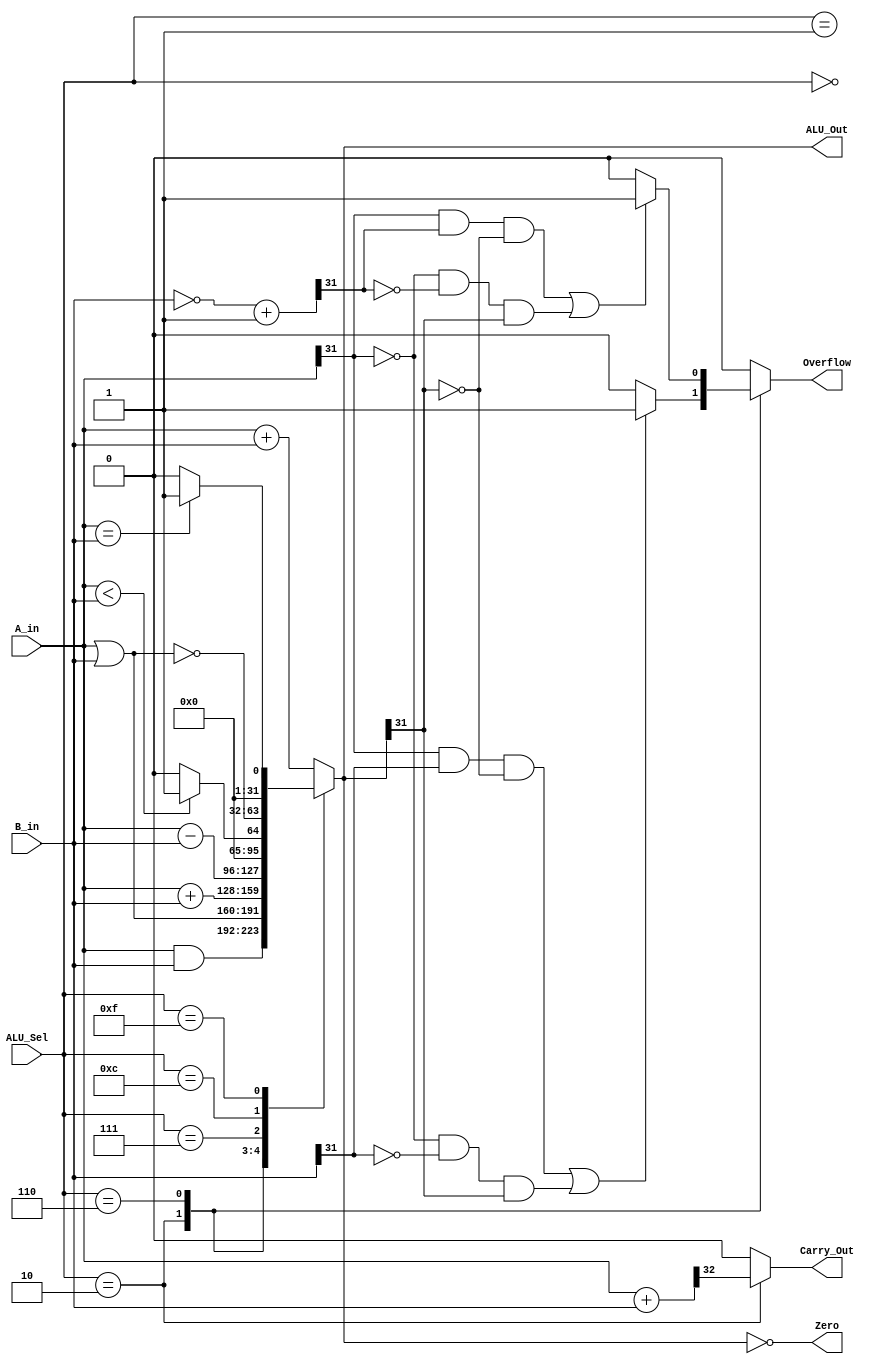
`timescale 1ns / 1ps
module alu_32(
    input   [31:0] A_in ,B_in ,
    input   [3:0]   ALU_Sel ,
    output [31:0] ALU_Out , 
    output  reg     Carry_Out ,
    output          Zero ,
    output  reg     Overflow = 1'b0
    );
reg   [31:0] ALU_Result;
reg [32:0] temp;
reg [32:0] twos_com; 
assign  ALU_Out    = ALU_Result;  
assign  Zero       = (ALU_Result  == 0); 

always @(*)
    begin
        Overflow = 1'b0;
        Carry_Out = 1'b0;
        case(ALU_Sel)
            4'b0000:
                ALU_Result = A_in & B_in;
            4'b0001:
                ALU_Result = A_in | B_in;
            4'b0010:
                begin
                    ALU_Result = $signed(A_in) + $signed(B_in);
                    temp = {1'b0, A_in} + {1'b0, B_in};
                    Carry_Out = temp[32];
                    if ((A_in[31] & B_in[31] & ~ALU_Out[31]) |
                    (~A_in[31] & ~B_in[31] & ALU_Out[31]))
                        Overflow = 1'b1;
                    else
                        Overflow = 1'b0;
                end
            4'b0110:
                begin
                    ALU_Result = $signed(A_in) - $signed(B_in) ;
                    twos_com = ~(B_in) + 1'b1;
                    if ((A_in[31] & twos_com[31] & ~ALU_Out[31]) |
                    (~A_in[31] & ~twos_com[31] & ALU_Out[31]))
                        Overflow = 1'b1;
                        
                    else
                        Overflow = 1'b0;
                end
            4'b0111:
                ALU_Result = ($signed(A_in) < $signed(B_in ))?32 'd1:32'd0;
            4'b1100:
                ALU_Result = ~(A_in | B_in);
            4'b1111:
                ALU_Result = (A_in==B_in )?32'd1:32'd0 ;
            default: ALU_Result = A_in + B_in ;
        endcase
    end
endmodule